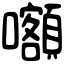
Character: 𡅅